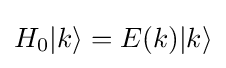
H_{0}|k\rangle =E(k)|k\rangle